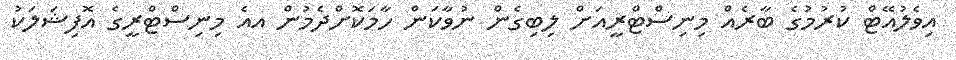
އިވެލުއޭޓް ކުރުމުގެ ބާރެއް މިނިސްޓްރީއަށް ލިބިގެން ނުވާކަން ހާމަކޮށްދެމުން އއެ މިނިސްޓްރީގެ އޮފިޝަލަކު